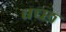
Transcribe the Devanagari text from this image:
वच्छ